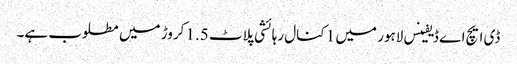
ڈی ایچ اے ڈیفینس لاہور میں 1 کنال رہائشی پلاٹ 1.5 کروڑ میں مطلوب ہے۔